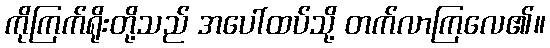
ကိုကြက်ရိုးတို့သည် အပေါ်ထပ်သို့ တက်လာကြလေ၏။